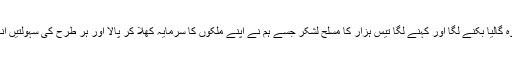
بادشاہ روم نے جب ان سے کار گزاری سنی تو وہ گالیا بکنے لگا اور کہنے لگا تیس ہزار کا مسلح لشکر جسے ہم نے اپنے ملکوں کا سرمایہ کھلا کر پالا اور ہر طرح کی سہولتیں انہیں دیں سات آدمیوں نے اس لشکر کو کاٹ ڈالا ؟